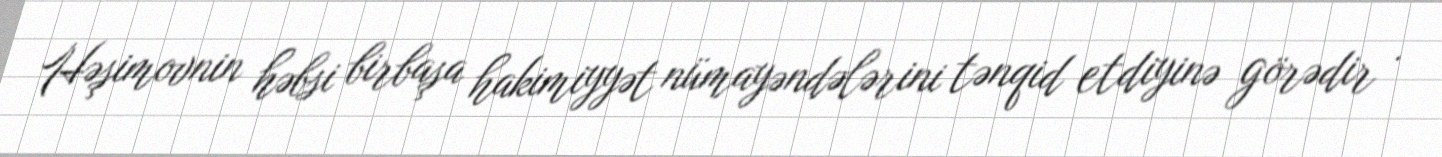
Həşimovnin həbsi birbaşa hakimiyyət nümayəndələrini tənqid etdiyinə görədir .